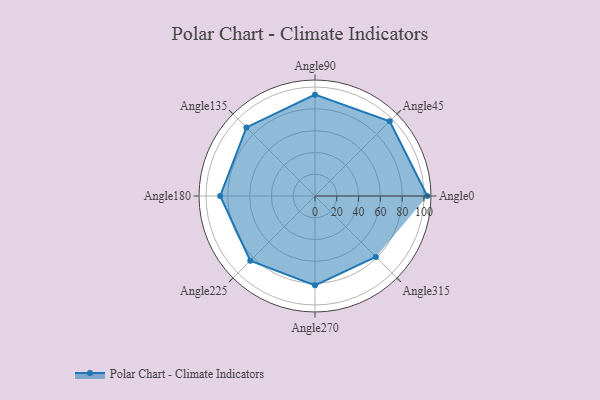
{"axis": {"x": "Angle", "y": "Radius"}, "legend": [""], "data": [{"x": "Angle0", "y": 103.0, "type": ""}, {"x": "Angle45", "y": 97.0, "type": ""}, {"x": "Angle90", "y": 93.0, "type": ""}, {"x": "Angle135", "y": 89.0, "type": ""}, {"x": "Angle180", "y": 87.0, "type": ""}, {"x": "Angle225", "y": 84.0, "type": ""}, {"x": "Angle270", "y": 82.0, "type": ""}, {"x": "Angle315", "y": 79.0, "type": ""}]}